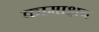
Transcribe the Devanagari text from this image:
कामाक्षय